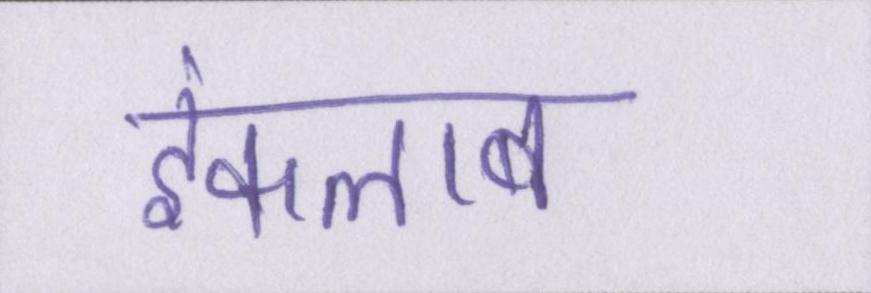
इंकलाब